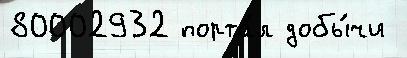
80002932 порта́л добы́чи